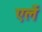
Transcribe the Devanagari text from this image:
एर्ले